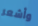
وأشعر